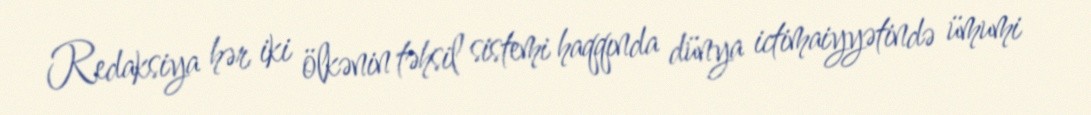
Redaksiya hər iki ölkənin təhsil sistemi haqqında dünya ictimaiyyətində ümumi